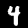
Digit: 4